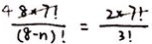
\frac { 4 . 8 \times 7 ! } { ( 8 - n ) ! } = \frac { 2 \times 7 ! } { 3 ! }